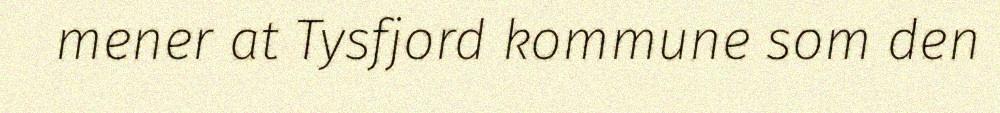
mener at Tysfjord kommune som den